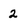
Character: 2